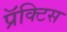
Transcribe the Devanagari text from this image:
प्रॅक्‍टिस